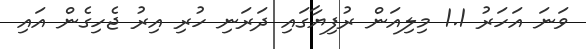
ވަނަ އަހަރު 1.1 މިލިއަން ރުފިޔާގައި ދަރަނި ހުރި އިރު ޖެހިގެން އައި